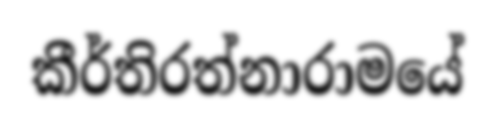
කීර්තිරත්නාරාමයේ